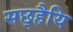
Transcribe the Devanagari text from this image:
सछ्हैयि